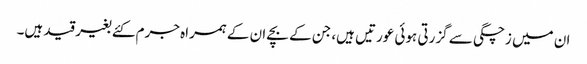
ان میں زچگی سے گزرتی ہوئی عورتیں ہیں، جن کے بچے ان کے ہمراہ جرم کئے بغیر قید ہیں۔